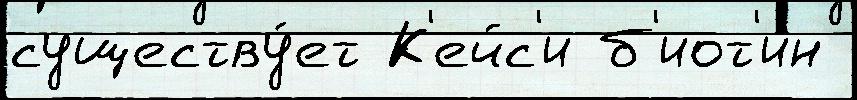
существу́ет К'ейс'и б'иот'ин